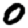
Digit: 0